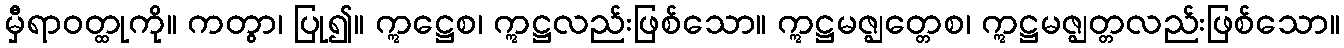
မှီရာဝတ္ထုကို။ ကတွာ၊ ပြု၍။ ဣဋ္ဌေစ၊ ဣဋ္ဌလည်းဖြစ်သော။ ဣဋ္ဌမဇ္ဈတ္တေစ၊ ဣဋ္ဌမဇ္ဈတ္တလည်းဖြစ်သော။